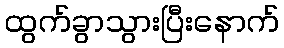
ထွက်ခွာသွားပြီးနောက်